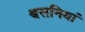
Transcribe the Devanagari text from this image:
श्वसनियां